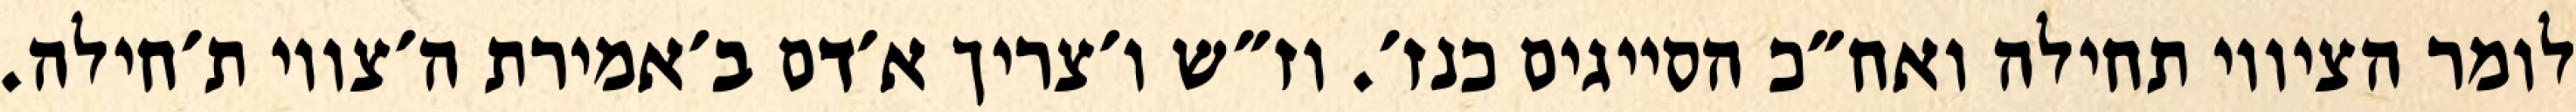
לומר הציווי תחילה ואח״כ הסייגים כנז׳. וז״ש ו׳צריך א׳דם ב׳אמירת ה׳צווי ת׳חילה.